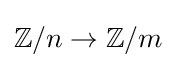
\mathbb {Z} /n\to \mathbb {Z} /m